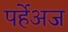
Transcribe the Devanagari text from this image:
पर्हेअज